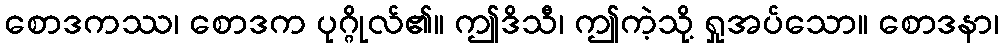
စောဒကဿ၊ စောဒက ပုဂ္ဂိုလ်၏။ ဤဒိသီ၊ ဤကဲ့သို့ ရှုအပ်သော။ စောဒနာ၊